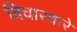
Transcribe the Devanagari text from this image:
विचारधारे